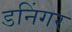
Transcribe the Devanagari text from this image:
डनिंगर